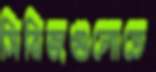
সিরিজগুলোতে